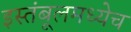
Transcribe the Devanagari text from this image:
इस्तंबूलमध्येच